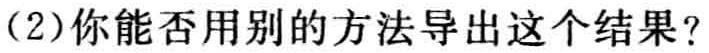
(2)你能否用别的方法导出这个结果?